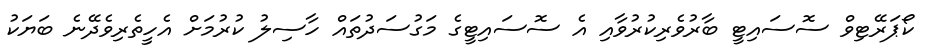
ކޯޕަރޭޓިވް ސޮސައިޓީ ބާރުވެރިކުރުވާއި އެ ސޮސައިޓީގެ މަގުސަދުތައް ހާސިލު ކުރުމަށް އެހީތެރިވެދޭނެ ބަޔަކު